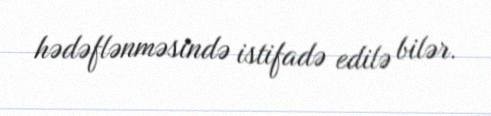
hədəflənməsində istifadə edilə bilər.